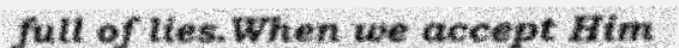
full of lies.When we accept Him